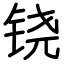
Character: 铙